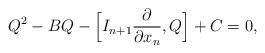
LaTeX: \begin{align*} Q^2 - BQ - \Bigl[I_{n+1} \frac{\partial }{\partial x_n},Q\Bigr] + C = 0,\end{align*}